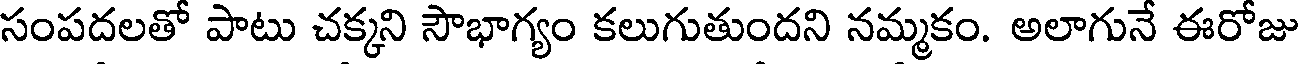
సంపదలతో పాటు చక్కని సౌభాగ్యం కలుగుతుందని నమ్మకం. అలాగునే ఈరోజు